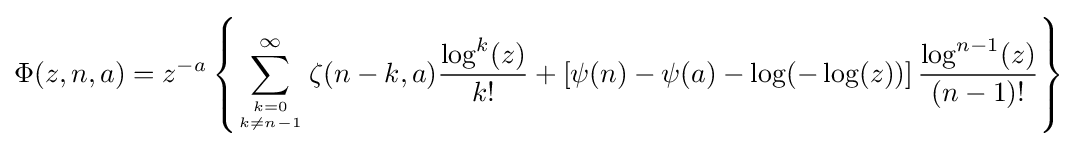
\Phi (z,n,a)=z^{-a}\left\{\sum _{{k=0} \atop k\neq n-1}^{\infty }\zeta (n-k,a){\frac {\log ^{k}(z)}{k!}}+\left[\psi (n)-\psi (a)-\log(-\log(z))\right]{\frac {\log ^{n-1}(z)}{(n-1)!}}\right\}